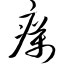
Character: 疠